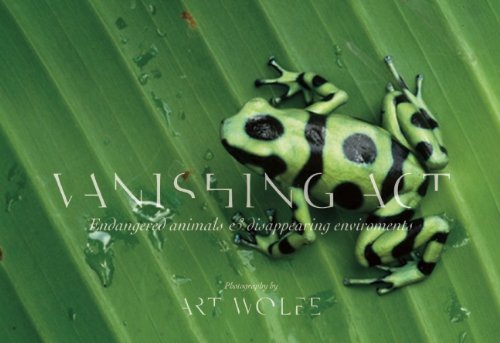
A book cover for Vanishing Act: Endangered Animals and Disappearing Environments; Science & Math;